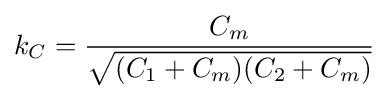
k_{C}={\frac {C_{m}}{\sqrt {(C_{1}+C_{m})(C_{2}+C_{m})}}}